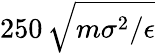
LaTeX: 250\, \sqrt{m\sigma^{2}/\epsilon}